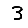
Digit: 3